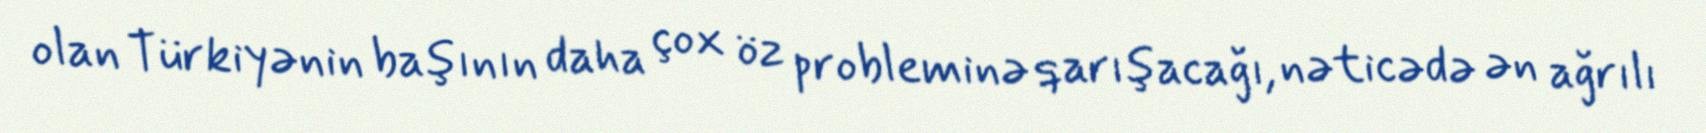
olan Türkiyənin başının daha çox öz probleminə qarışacağı, nəticədə ən ağrılı